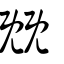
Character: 兓